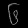
Digit: ၆